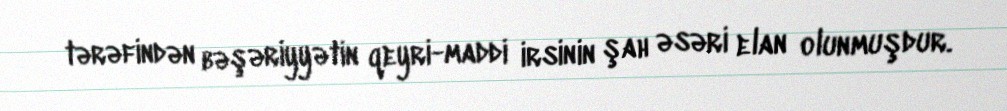
tərəfindən bəşəriyyətin qeyri-maddi irsinin şah əsəri elan olunmuşdur.